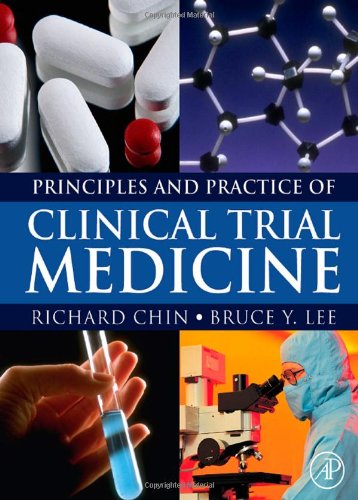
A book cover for Principles and Practice of Clinical Trial Medicine; Richard Chin; Medical Books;